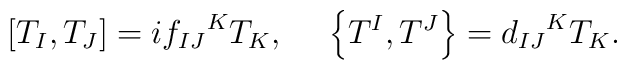
\left[ T_{I},T_{J}\right]=i{f_{IJ}}^KT_{K}, \ \ \ \ \left\{ T^{I},T^{J}\right\}= {d_{IJ}}^KT_{K}.  \nonumber